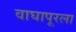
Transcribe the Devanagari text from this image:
वाघापूरला